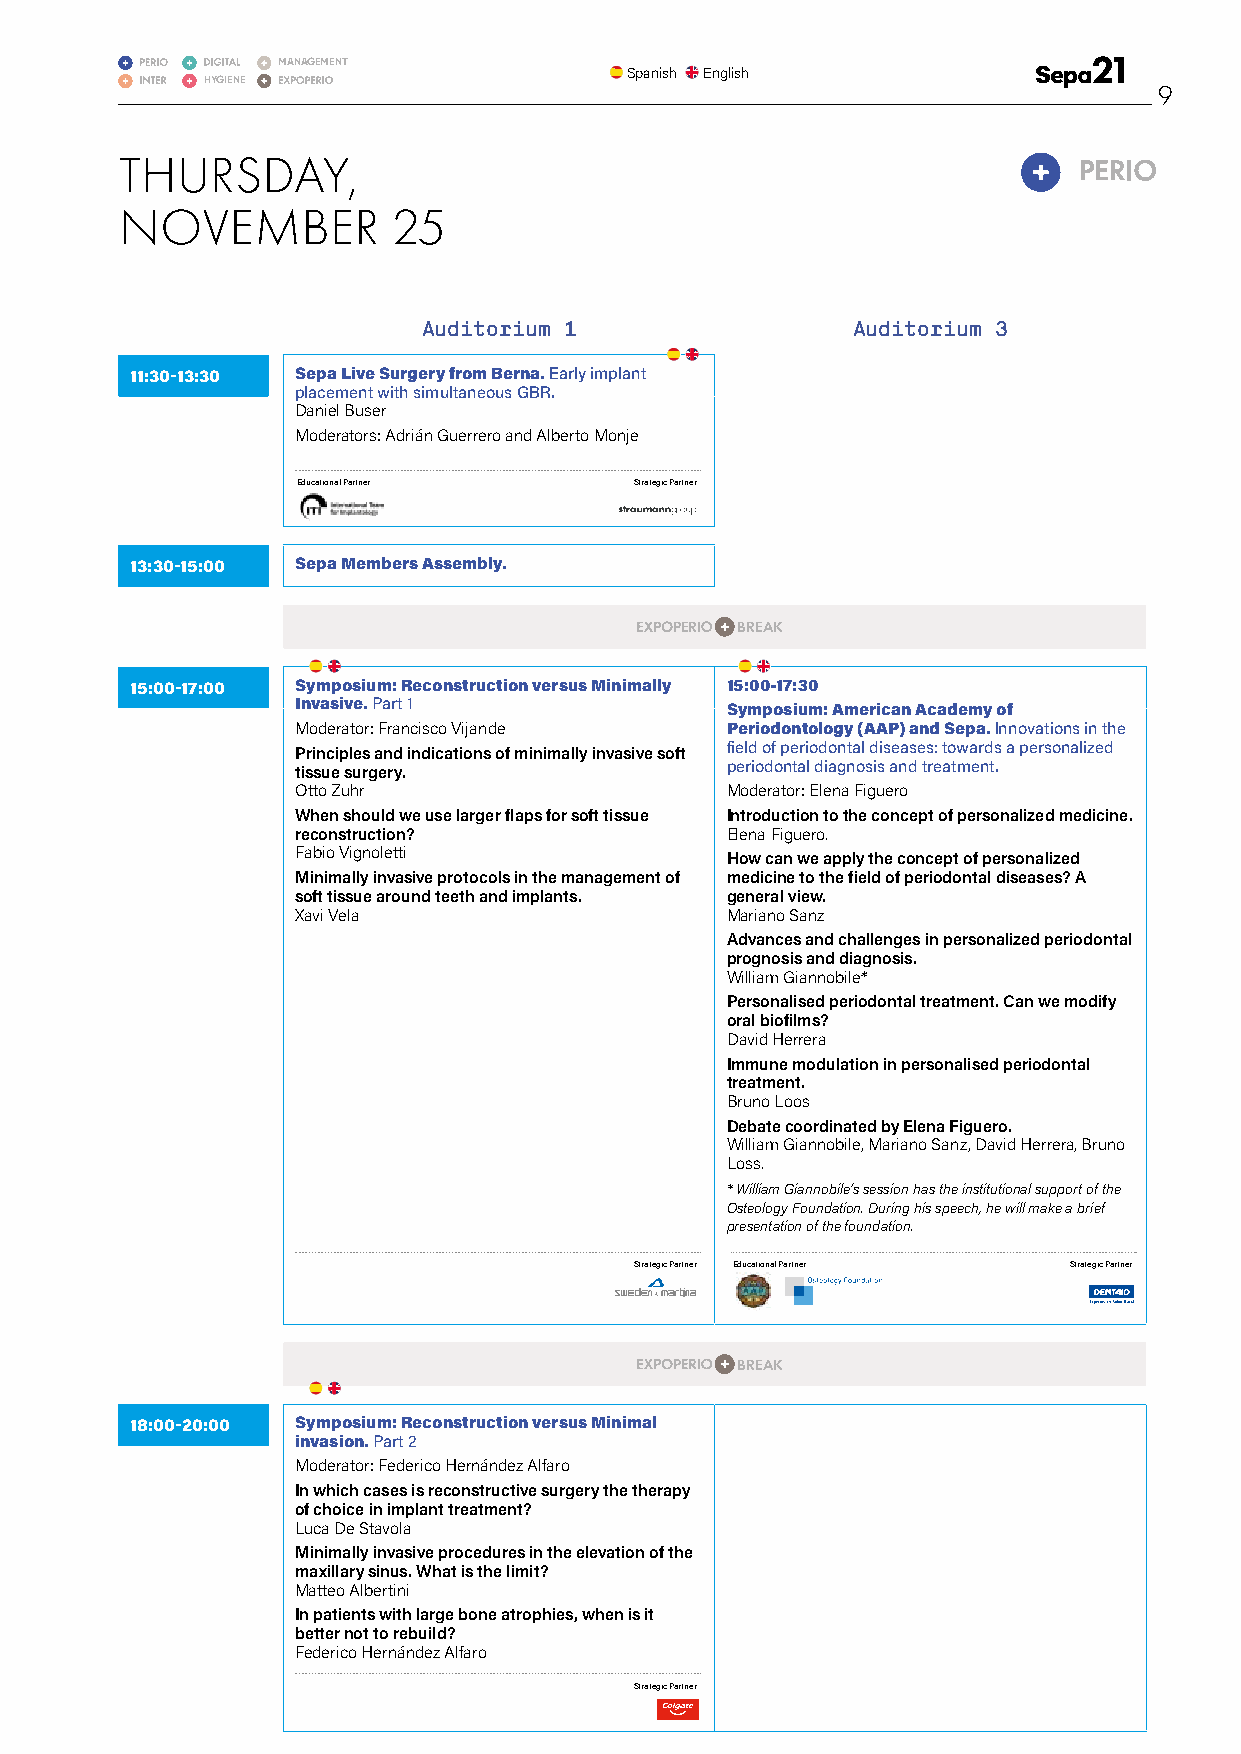
MANAGEMENT
 Spanish English
 HYGIENE
 9
 THURSDAY,
 NOVEMBER          25
 Auditorium 1                Auditorium 3
 11:30-13:30 Sepa Live Surgery from Berna. Early implant
 placement with simultaneous GBR.
 Daniel Buser
 Moderators: Adrián Guerrero and Alberto Monje
 Educational Partner   Strategic Partner
 13:30-15:00 Sepa Members Assembly.
 BREAK
 15:00-17:00 Symposium: Reconstruction versus Minimally 15:00-17:30
 Invasive. Part 1            Symposium: American Academy of
 Moderator: Francisco Vijande Periodontology (AAP) and Sepa. Innovations in the
 Principles and indications of minimally invasive soft field of periodontal diseases: towards a personalized
 tissue surgery.             periodontal diagnosis and treatment.
 Otto Zuhr                   Moderator: Elena Figuero
 When should we use larger flaps for soft tissue Introduction to the concept of personalized medicine.
 reconstruction?             Elena Figuero.
 Fabio Vignoletti            How can we apply the concept of personalized
 Minimally invasive protocols in the management of medicine to the field of periodontal diseases? A
 soft tissue around teeth and implants. general view.
 Xavi Vela                   Mariano Sanz
 Advances and challenges in personalized periodontal
 prognosis and diagnosis.
 William Giannobile*
 Personalised periodontal treatment. Can we modify
 oral biofilms?
 David Herrera
 Immune modulation in personalised periodontal
 treatment.
 Bruno Loos
 Debate coordinated by Elena Figuero.
 William Giannobile, Mariano Sanz, David Herrera, Bruno
 Loss.
 * William Giannobile’s session has the institutional support of the
 Osteology Foundation. During his speech, he will make a brief
 presentation of the foundation.
 Strategic Partner Educational Partner Strategic Partner
 BREAK
 18:00-20:00 Symposium: Reconstruction versus Minimal
 invasion. Part 2
 Moderator: Federico Hernández Alfaro
 In which cases is reconstructive surgery the therapy
 of choice in implant treatment?
 Luca De Stavola
 Minimally invasive procedures in the elevation of the
 maxillary sinus. What is the limit?
 Matteo Albertini
 In patients with large bone atrophies, when is it
 better not to rebuild?
 Federico Hernández Alfaro
 Strategic Partner